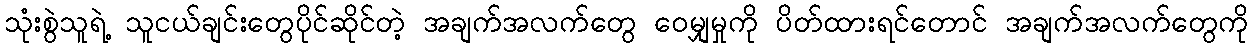
သုံးစွဲသူရဲ့ သူငယ်ချင်းတွေပိုင်ဆိုင်တဲ့ အချက်အလက်တွေ ဝေမျှမှုကို ပိတ်ထားရင်တောင် အချက်အလက်တွေကို